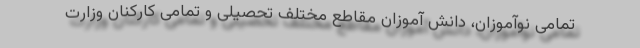
تمامی نوآموزان، دانش آموزان مقاطع مختلف تحصیلی و تمامی کارکنان وزارت